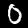
Digit: 0